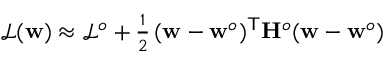
\begin{array} { r } { \mathcal { L } ( \mathbf { w } ) \approx \mathcal { L } ^ { o } + \frac { 1 } { 2 } \, ( \mathbf { w } - \mathbf { w } ^ { o } ) ^ { \sf T } { \mathbf { H } ^ { o } } ( \mathbf { w } - \mathbf { w } ^ { o } ) } \end{array}